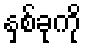
နှစ်ခုကို